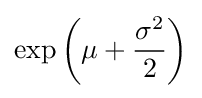
\exp \left(\mu +{\frac {\sigma ^{2}}{2}}\right)